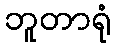
ဘူတာရုံ